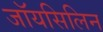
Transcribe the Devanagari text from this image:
जॉयसिलिन